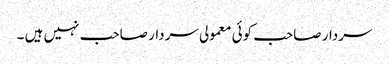
سردار صاحب کوئی معمولی سردار صاحب نہیں ہیں ۔